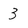
Character: 3